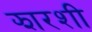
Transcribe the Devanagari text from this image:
झारशी